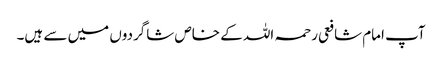
آپ امام شافعی رحمہ اللہ کے خاص شاگردوں میں سے ہیں۔